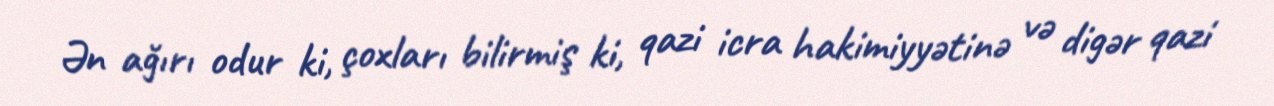
Ən ağırı odur ki, çoxları bilirmiş ki, qazi icra hakimiyyətinə və digər qazi